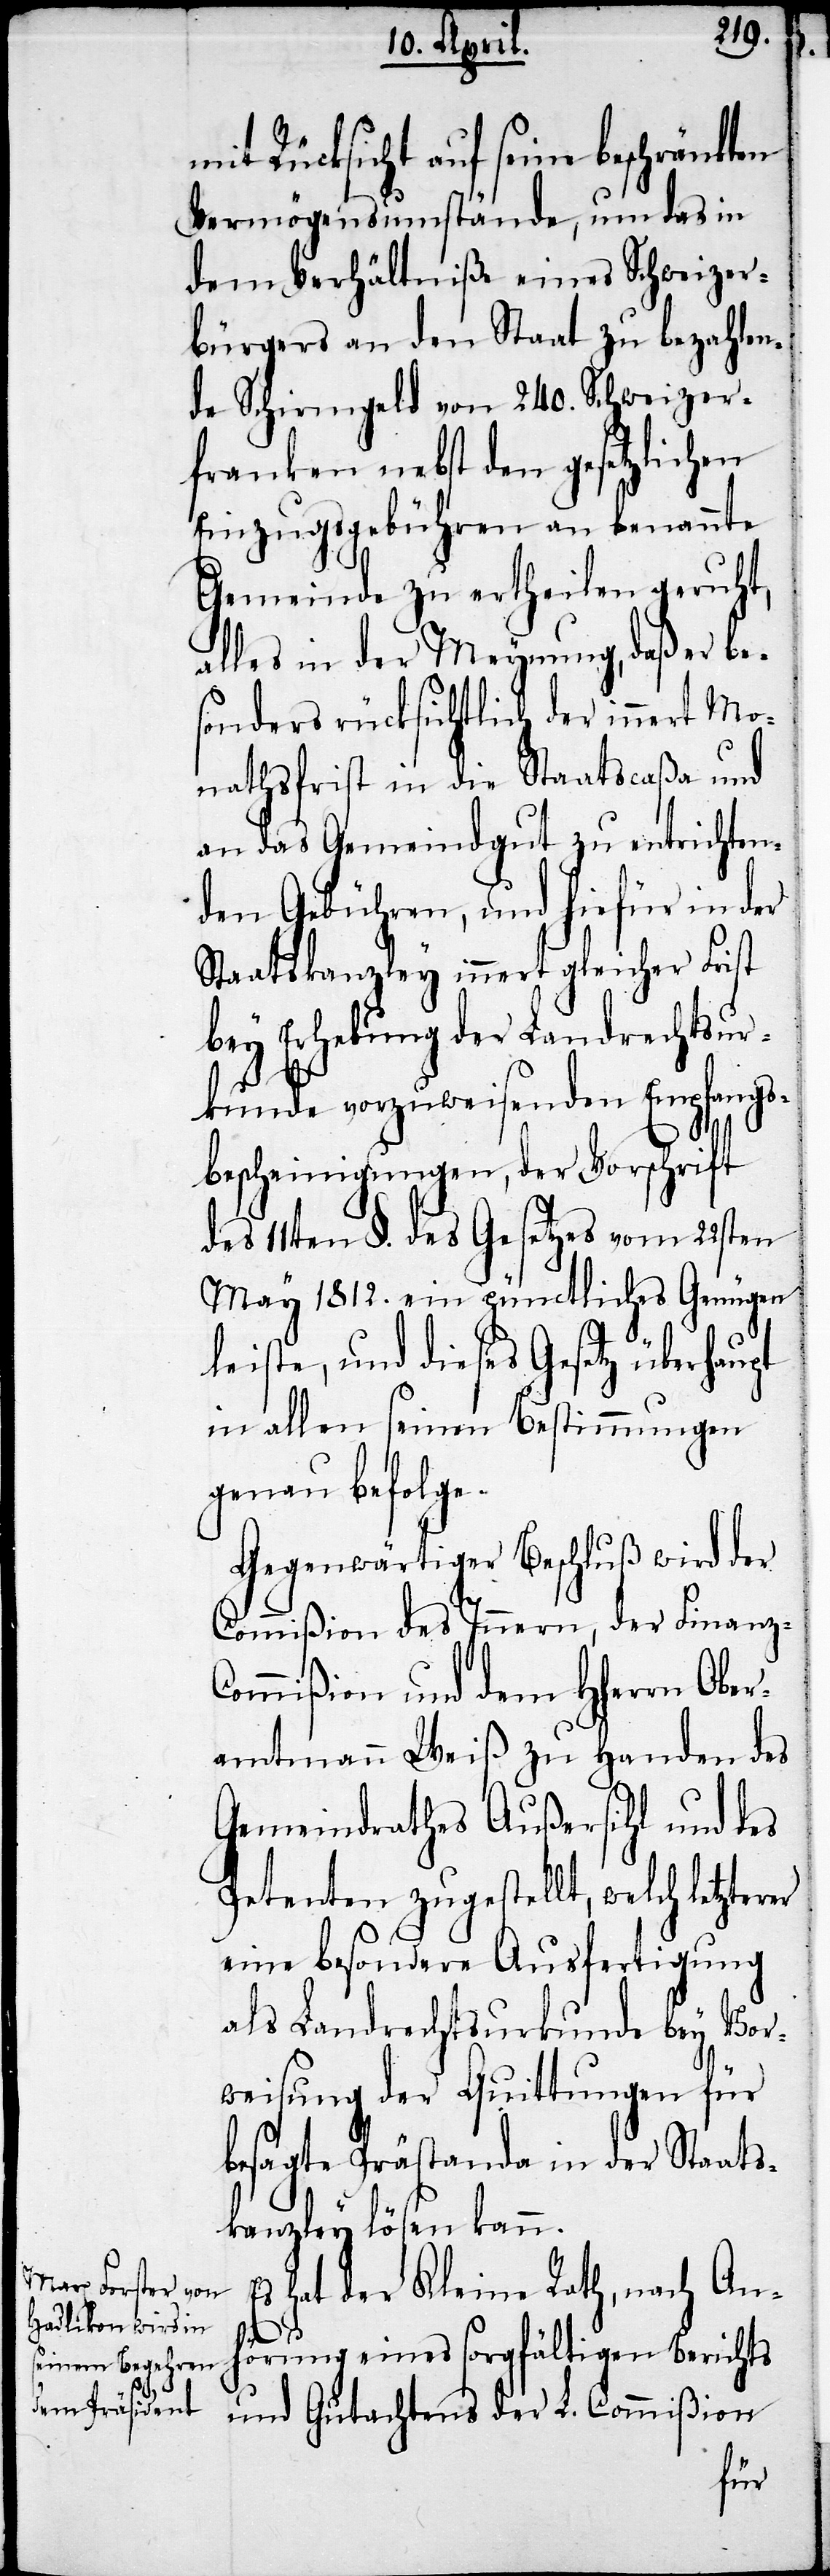
die Tractanda der dießjährigen
Vermögensumstände, um das in
dem Verhältniße eines Schweizer¬
bürgers an den Staat zu bezahlen¬
de Schirmgeld von 240. Schweizer¬
franken nebst den gesetzlichen
Einzugsgebühren an benannte
Gemeinde zu ertheilen geruht,
alles in der Meynung, daß er be¬
sonders rücksichtlich der innert Mo¬
nathsfrist in die Staatscaßa und
an das Gemeindgut zu entrichten¬
den Gebühren, und hiefür in der
Staatskanzley innert gleicher Frist
bey Erhebung der Landrechtsur¬
kunde vorzuweisenden Empfangs¬
bescheinigungen, der Vorschrift
des 11ten §. des Gesetzes vom 22sten
May 1812. ein pünctliches Genügen
D¬
leiste, und dieses Gesetz überhaupt
in allen seinen Bestimmungen
genau befolge.
Gegenwärtiger Beschluß wird der
Commißion des Innern, der Finanz-C¬
ommißion und dem HHerrn Ober¬
amtmann Weiß zu Handen des
Gemeindrathes Außersihl und des
Petenten zugestellt, welch letzterer
eine besondere Ausfertigung
als Landrechtsurkunde bey Vor¬
weisung der Quittungen für
besagte Prästanda in der Staats¬
kanzley lösen kann.
hat der Kleine Rath, nach An¬
hörung eines sorgfältigen Berichts
und Gutachtens der L. Commißion

m¬